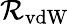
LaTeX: \mathcal{R}_{\mathrm{{vdW}}}